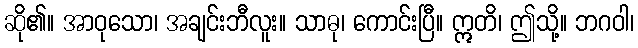
ဆို၏။ အာဝုသော၊ အချင်းဘီလူး။ သာဓု၊ ကောင်းပြီ။ ဣတိ၊ ဤသို့။ ဘဂဝါ၊